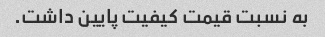
به نسبت قیمت کیفیت پایین داشت.